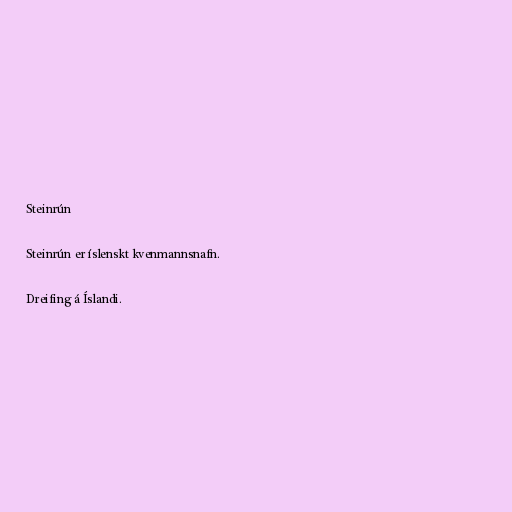
Steinrún

Steinrún er íslenskt kvenmannsnafn.

Dreifing á Íslandi.